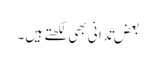
بعض تَدَانِی بھی لکھتے ہیں۔